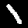
Label: 1